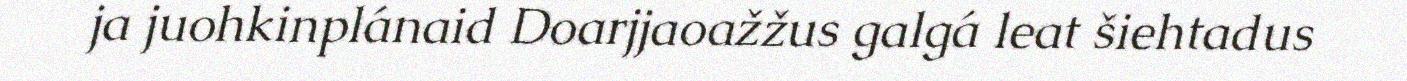
ja juohkinplánaid Doarjjaoažžus galgá leat šiehtadus